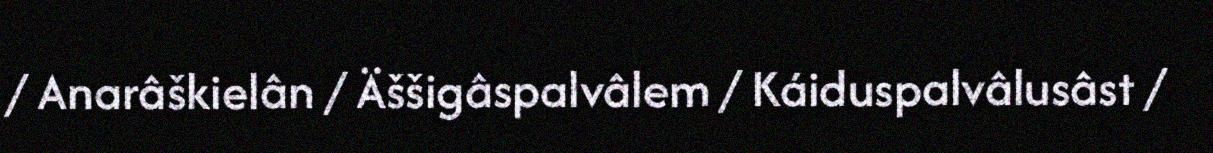
/ Anarâškielân / Äššigâspalvâlem / Káiduspalvâlusâst /